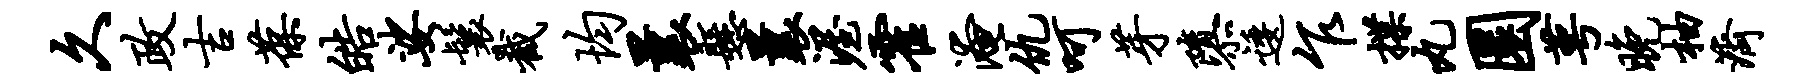
久政吉葆皓娑鬟截均曩悬曩渥霍淹仇呵芽隳逶乍揲丸圜萼晚柚济